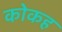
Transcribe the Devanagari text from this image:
कोकह